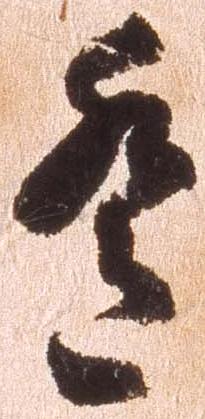
遙